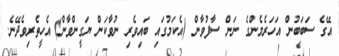
އޭގެ ސަބަބުން އަހަރެމެންގެ ނަން ސާފުވާން (އެކަމުގައި ބައިވެރި ނުވާކަން ޔަގީންވާން) އެހީތެރިވެދޭނެ.